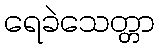
ရေခဲသေတ္တာ